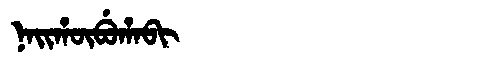
Manchu: ᠨᠠᡳᡥᡡᠪᡠᡥᠠᠪᡳ
Romanization: NAIHŪBUHABI